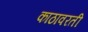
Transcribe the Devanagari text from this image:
काठावरती